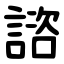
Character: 諮